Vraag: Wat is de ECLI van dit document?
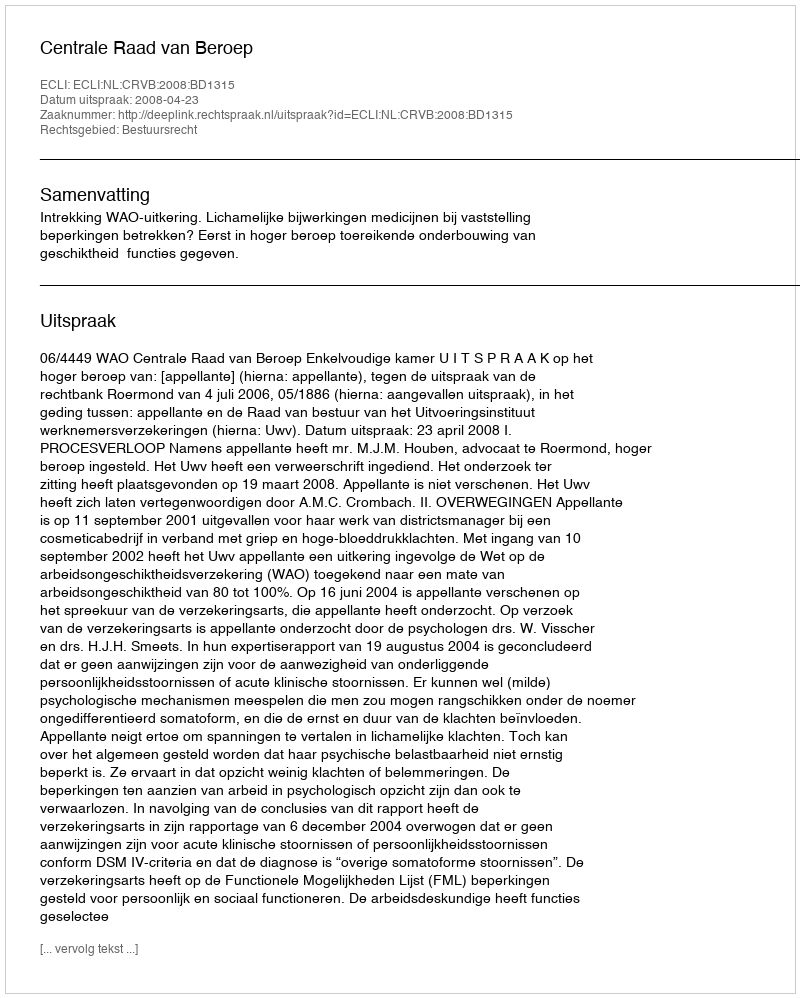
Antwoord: ECLI:NL:CRVB:2008:BD1315